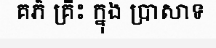
គភ៌ គ្រឹះ ក្នុង ប្រាសាទ